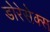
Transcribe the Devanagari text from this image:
डोरेसेक्स